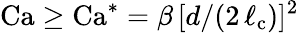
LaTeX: \mathrm{Ca}\geq\mathrm{Ca}^{*}=\beta\, [d/(2\, \ell_{\mathrm{c}})]^{2}